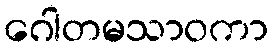
ဂေါတမသာဝကာ